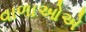
વાળાઓએ